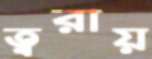
ত্বরায়